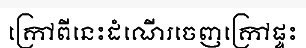
ក្រៅពីនេះដំណើរចេញក្រៅផ្ទះ